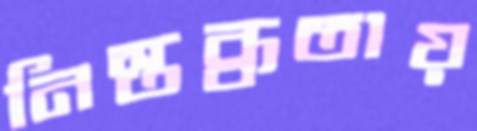
নিস্তব্ধতায়